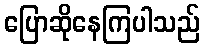
ပြောဆိုနေကြပါသည်